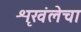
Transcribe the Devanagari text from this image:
शृखंलेचा